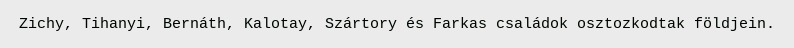
Zichy, Tihanyi, Bernáth, Kalotay, Szártory és Farkas családok osztozkodtak földjein.